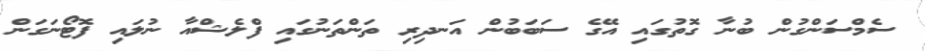
ސެމްސަންގުން ބުނާ ގޮތުގައި އޭގެ ސަބަބުން އަނދިރި ތަންތަނުގައި ފްލެޝްއާ ނުލައި ފޮޓޯނަގަން